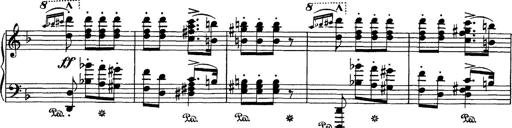
Title: Hungarian Rhapsody No.7
Composer: Franz Liszt
Key: D minor